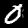
Digit: 0